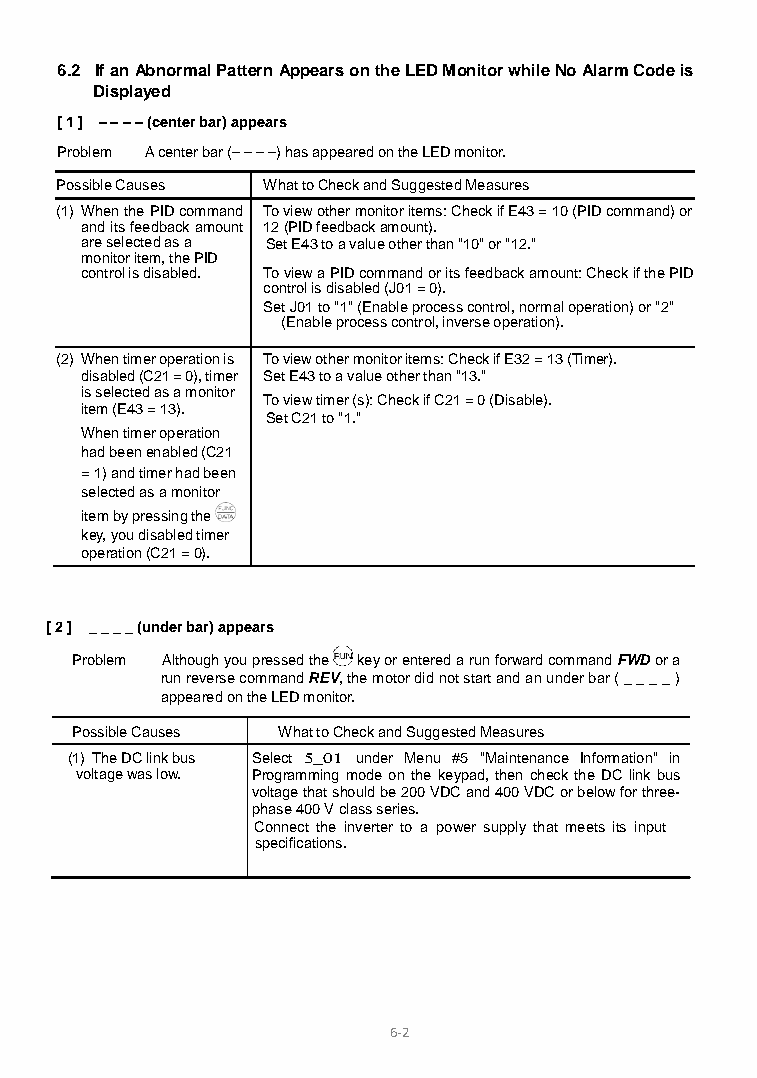
6.2 If an Abnormal Pattern Appears on the LED Monitor while No Alarm Code is
 Displayed
 [ 1 ] – – – – (center bar) appears
 Problem A center bar (– – – –) has appeared on the LED monitor.
 Possible Causes What to Check and Suggested Measures
 (1) When the PID command To view other monitor items: Check if E43 = 10 (PID command) or
 and its feedback amount 12 (PID feedback amount).
 are selected as a Set E43 to a value other than "10" or "12."
 monitor item, the PID
 control is disabled. To view a PID command or its feedback amount: Check if the PID
 control is disabled (J01 = 0).
 Set J01 to "1" (Enable process control, normal operation) or "2"
 (Enable process control, inverse operation).
 (2) When timer operation is To view other monitor items: Check if E32 = 13 (Timer).
 disabled (C21 = 0), timer Set E43 to a value other than "13."
 is selected as a monitor
 To view timer (s): Check if C21 = 0 (Disable).
 item (E43 = 13).
 Set C21 to "1."
 When timer operation
 had been enabled (C21
 = 1) and timer had been
 selected as a monitor
 item by pressing the
 key, you disabled timer
 operation (C21 = 0).
 [ 2 ] _ _ _ _ (under bar) appears
 Problem Although you pressed the key or entered a run forward command FWD or a
 run reverse command REV, the motor did not start and an under bar ( _ _ _ _ )
 appeared on the LED monitor.
 Possible Causes What to Check and Suggested Measures
 (1) The DC link bus Select 5_01 under Menu #5 "Maintenance Information" in
 voltage was low. Programming mode on the keypad, then check the DC link bus
 voltage that should be 200 VDC and 400 VDC or below for three-
 phase 400 V class series.
 Connect the inverter to a power supply that meets its input
 specifications.
 6-2